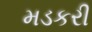
મડકરી